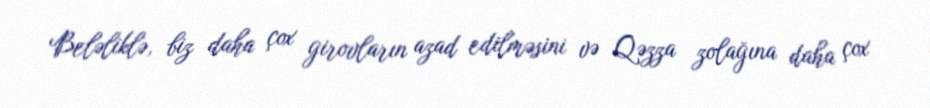
Beləliklə, biz daha çox girovların azad edilməsini və Qəzza zolağına daha çox